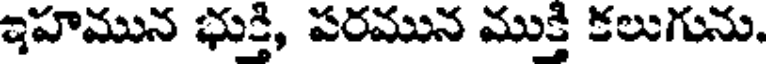
ఇహమున భుక్తి, పరమున ముక్తి కలుగును.